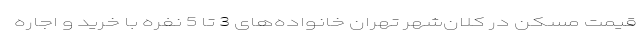
قیمت مسکن در کلان‌شهر تهران خانواده‌های 3 تا 5 نفره با خرید و اجاره